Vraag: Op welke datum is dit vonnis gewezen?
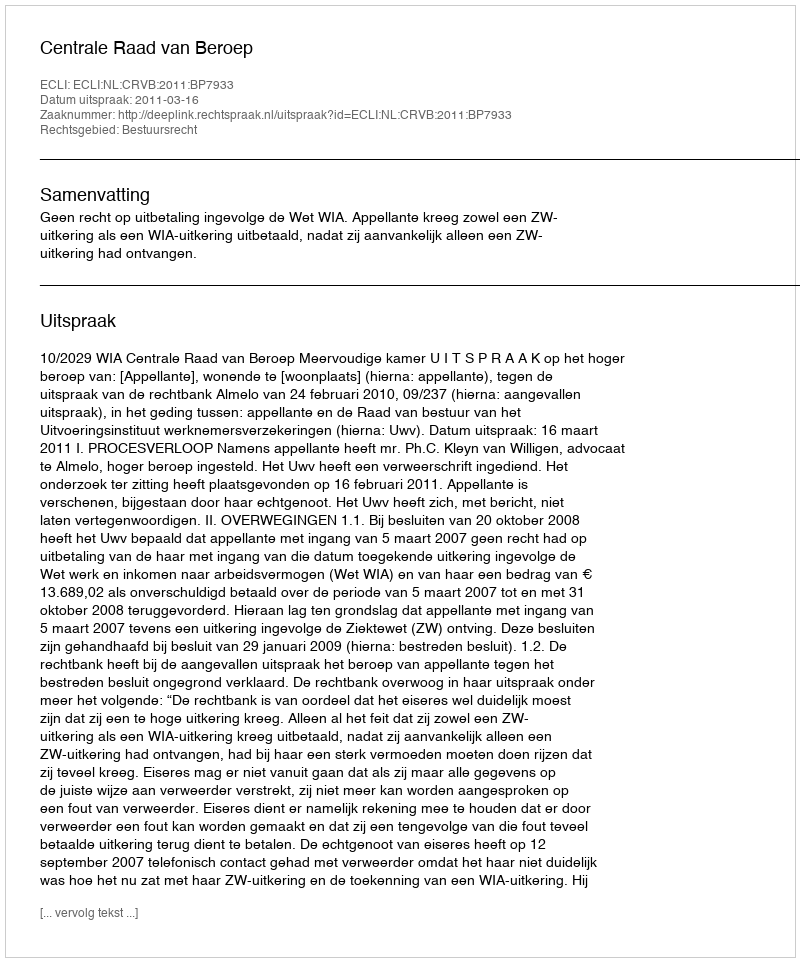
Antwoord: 2011-03-16